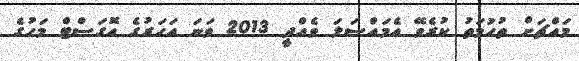
މައްޗަށް ތުހުމަތު ކުރެވޭ އެމައްސަލަ ވެއްދީ 2013 ވަނަ އަހަރުގެ އޮގަސްޓް މަހުގެ